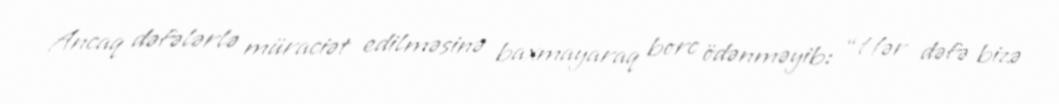
Ancaq dəfələrlə müraciət edilməsinə baxmayaraq borc ödənməyib: “Hər dəfə bizə